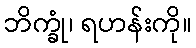
ဘိက္ခုံ၊ ရဟန်းကို။